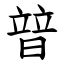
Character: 暜